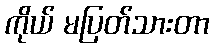
ကိုယ် မပြတ်သားတာ